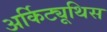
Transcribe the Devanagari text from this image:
अर्किट्यूथिस